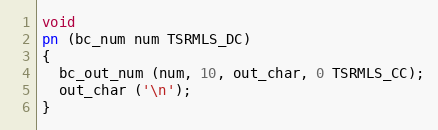
Language: C++
void
pn (bc_num num TSRMLS_DC)
{
  bc_out_num (num, 10, out_char, 0 TSRMLS_CC);
  out_char ('\n');
}